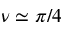
\nu \simeq \pi / 4